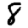
Digit: 8